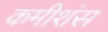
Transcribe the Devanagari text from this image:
कमीशंस